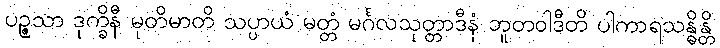
ပဉ္ဇသာ ဒုက္ခိနီ မုတိမာတိ သပ္ပာယံ မတ္တံ မင်္ဂလသုတ္တာဒီနံ ဘူတဝါဒီတိ ပါကာရသန္ဓိန္တိ